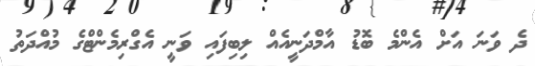
ދެ ވަނަ އަށް އެންމެ ބޮޑު އާމްދަނީއެއް ލިބިފައި ވަނީ އެގްރިމެންޓްގެ މުއްދަތު